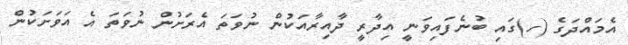
އެމައްދަގެ (ހ)ގައި ބުނެފައިވަނީ އިދާރީ ދާއިރާއަކުން ނުވަތަ އެރަށުން ނުވަތަ އެ އަވަށަކުން